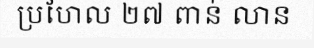
ប្រហែល ២៧ ពាន់ លាន